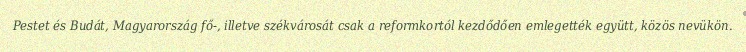
Pestet és Budát, Magyarország fő-, illetve székvárosát csak a reformkortól kezdődően emlegették együtt, közös nevükön.